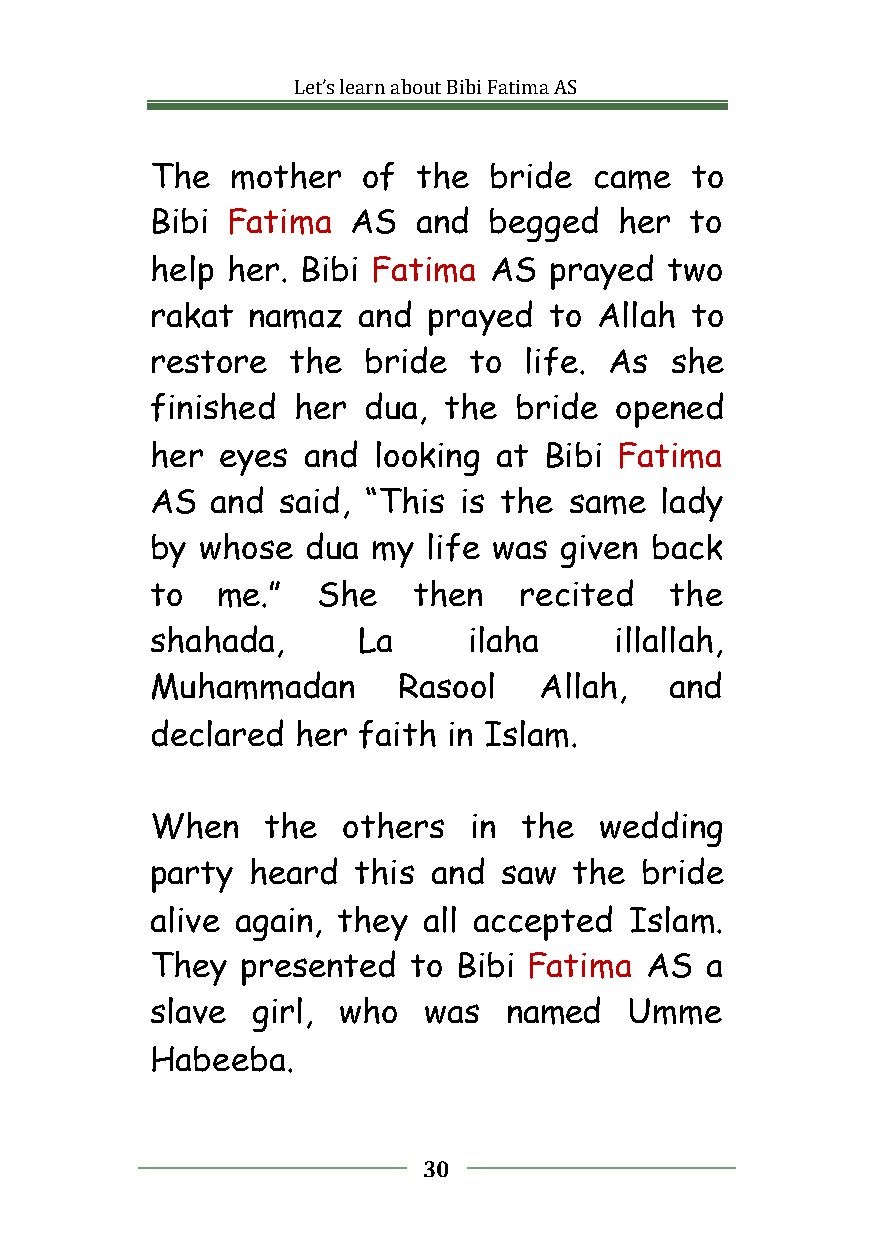
Let’slearnaboutBibiFatimaAS
 The  mother   of  the bride  came   to
 Bibi Fatima  AS   and begged   her  to
 help her. Bibi Fatima AS  prayed  two
 rakat namaz   and prayed  to  Allah to
 restore  the  bride  to  life. As she
 finished her  dua, the  bride  opened
 her eyes  and  looking at Bibi Fatima
 AS  and said, “This is the  same  lady
 by whose  dua  my life was given back
 to  me.”   She   then   recited   the
 shahada,      La     ilaha     illallah,
 Muhammadan      Rasool    Allah,  and
 declared  her faith in Islam.
 When   the   others  in  the  wedding
 party  heard  this and saw  the bride
 alive again, they all accepted  Islam.
 They  presented  to Bibi Fatima  AS  a
 slave  girl, who  was  named    Umme
 Habeeba.
 30